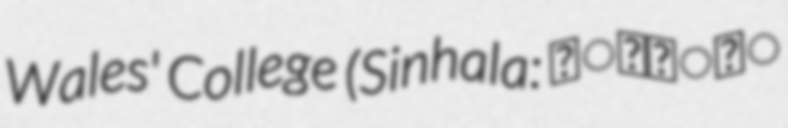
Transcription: Wales' College (Sinhala: වේල්ස්